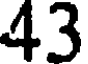
43